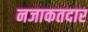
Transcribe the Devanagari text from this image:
नजाकतदार